Annual statistical returns and brief notes on vaccination in Bengal - 1887-1898
Year: 1887
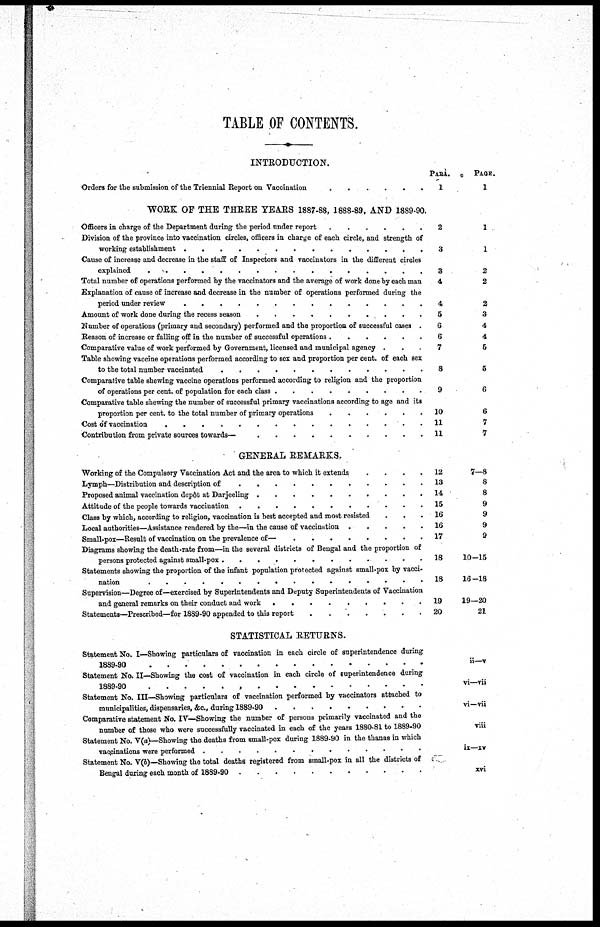
TABLE OF CONTENTS.
INTRODUCTION.
Orders for the submission of the Triennial Report on Vaccination . . . . . .
WORK OF THE THREE YEARS 1887-88, 1888-89, AND 1889-90.
Officers in charge of the Department during the period under report . . . . . .
Division of the province into vaccination circles, officers in charge of each circle, and strength of
Working establishment . . . . . .
Cause of increase and decrease in the staff of Inspectors and vaccinators in the different circles
explained . . . . . .
Total number of operations performed by the vaccinators and the average of work done by each man
Explanation of cause of increase and decrease in the number of operations performed during the
period under review . . . . . .
Amount of work done during the recess season . . . . . . . . . . . . . . .
Number of operations (primary and secondary) performed and the proportion of successful cases .
Reason of increase or falling off in the number of successful operation . . . . . .
Comparative value of work performed by Government, licensed and municipal agency . . .
Table showing vaccine operations performed according to sex and proportion per cent. of each sex
to the total number vaccinated . . . . . . . . . . . .
Comparative table shewing vaccine operations performed according to religion and the proportion
of operations per cent. of population for each . . . . . . . . . . . .
Comparative table shewing the number of successful primary vaccinations according to age and its
proportion per cent. to the total number of primary operation . . . . . .
Cost of vaccination . . . . . . . . . . . . . . . . . .
Contribution from private sources towards — . . . . . . . . . . . .
PARA.
1
2
3
3
4
4
5
6
6
7
8
9
10
11
11
PAGE.
1
1
1
2
2
2
3
4
4
5
5
6
6
7
7
GENERAL REMARKS.
Working of the Compulsory Vaccination Act and the area to which it extends
.
.
.
.
Lymph — Distrubution and description of . . . . . . . . . . . . . . .
Proposed animal vaccination depôt at Darjeeling . . . . . . . . . . . .
Attitude of the people towards vaccination . . . . . . . . . . . . . . .
Class by which, according to religion, vaccination is best accepted and most resisted . . .
Local authorities — Assistance rendered by the—in the cause of vaccination . . . . . .
Small-pox—Result of Vaccination on the prevalence of— . . . . . . . . . . . .
Diagrams showing the death-rate from—in the several districts of Bengal and the proportion of
persons protected against small-pox . . . . . . . . . . . .
Statements showing the proportion of the infant population protected against small-pox by vacci-
nation . . . . . . . . . . . . . . .
Supervision—Degree of—exercised by Superintendents and Deputy Superintendents of Vaccination
and general remarks on their conduct and work . . . . . . . . .
Statements—Prescribed—for 1889-90 appended to this report . . . . . . . . .
12
13
14
15
16
16
17
18
18
19
20
7—8
8
8
9
9
9
9
10—15
16—18
19—20
21
STATISTICAL RETURNS.
Statement No. I—Showing particulars of vaccination in each circle of superintendence during
1889-90 . . . . . . . . . . . . . . . . . . . . .
Statement No. II—Showing the cost of vaccination in each circle of superintendence during
1889-90 . . . . . . . . . . . . . . .
Statement No. III—Showing particulars of vaccination performed by vaccinators attached to
Comparative statement No. IV—Showing the number of persons primarily vaccinated and the
number of those who were successfully vaccinated in each of the years 1880-81 to 1889-90
Statement No. V(a)—Showing the deaths from small-pox during 1889-90 in the thanas in which
Statement No. V(b)—Showing the total deaths registered from small pox in all the districts of
Bengal during each month of 1889-90 . . . . . . . . . . . .
ii—v
vi—vii
vi—vii
viii
ix—xv
xvi